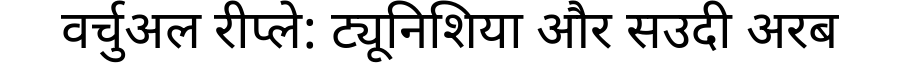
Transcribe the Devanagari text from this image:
वर्चुअल रीप्ले: ट्यूनिशिया और सउदी अरब